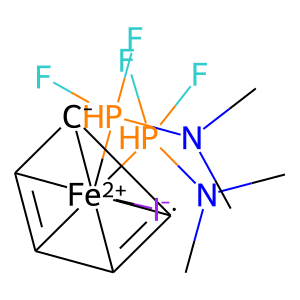
SMILES: CN(C)[PH](F)(F)[Fe+2]1234([I-])([PH](F)(F)N(C)C)C5=C1[C-]2C3=C54
Inhibits HIV replication: No